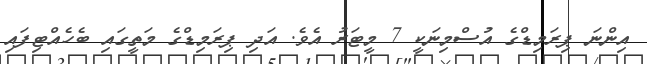
އިންނަ ޕިރަމިޑްގެ އުސްމިނަކީ 7 މީޓަރު އެވެ. އަދި ޕިރަމިޑްގެ މަތީގައި ބެހެއްޓިފައި